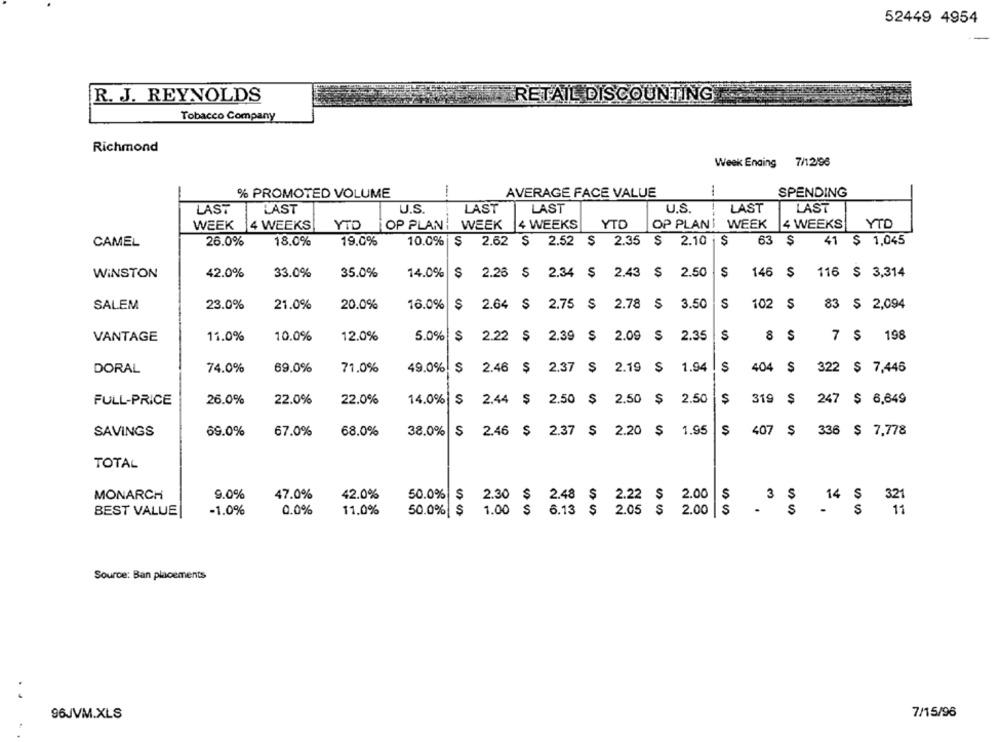
52449 4954
RETAIL DISCOUNTING
R. J. REYNOLDS
Tobacco Company
Richmond
Week Ending 7/12/96
% PROMOTED VOLUME
AVERAGE FACE VALUE
SPENDING
LAST
LAST
LAST
LAST
U.S.
LAST
LAST
U.S.
WEEK
14 WEEKS
YTD
OP PLAN
WEEK
4 WEEKS
YTD
OP PLANI WEEK
4 WEEKS
YTD
CAMEL
26.0%
18.0%
19.0%
10.0%
$ 2.62 $ 2.52 $ 2.35
$ 2.10 $
41 $ 1,045
WINSTON
42.0%
33.0%
35.0%
14.0%
2.26 $ 2.34 $ 2.43 $ 2.50
$
146
$
116 $ 3,314
20.0%
$
2.64 $ 2.75 $ 2.78 S
S
102
S
83 $ 2,094
SALEM
23.0%
21.0%
16.0%
3.50
VANTAGE
11.0%
10.0%
12.0%
5.0% $ 2.22 $ 2.39 $ 2.09 S
S
2.35
S
8
S
7 $ 198
DORAL
74.0%
69.0%
71.0%
49.0% $ 2.46 $ 2.37 $ 2.19 $ 1.94
S
404
S
322 $ 7,446
26.0%
22.0%
22.0%
14.0%
$ 2.44 $ 2.50 $ 2.50 $ 2.50
319 $
247
$ 6,649
FULL-PRICE
$ 2.46 $ 2.37 $ 2.20 $ 1.95
S
407 $ 336 $ 7,778
SAVINGS
69.0%
67.0%
68.0%
38.0%
TOTAL
MONARCH
9.0%
47.0%
42.0%
50.0%
$
2.30 $ 2.48 $ 2.22 $ 2.00
S
3
$
14 S
BEST VALUE
-1.0%
0.0%
11.0%
50.0% $ 1.00 $ 6.13 $ 2.05 $ 2.00 $
s
$
Source: Ban placements
..
7/15/96
96JVM.XLS